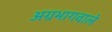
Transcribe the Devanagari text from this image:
अग्रभागवाले